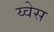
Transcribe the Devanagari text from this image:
य्वेस